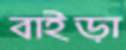
বাইড়া